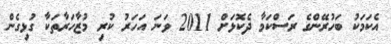
އެކަމަކު ބަހުރޭންގެ ރަސްކަމާ ދެކޮޅަށް 2011 ވަނަ އަހަރު ކުރި މުޒާހަރާތަކާ ގުޅިގެން